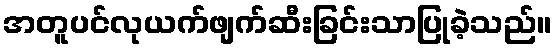
အတူပင်လုယက်ဖျက်ဆီးခြင်းသာပြုခဲ့သည်။